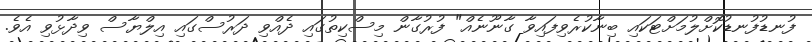
ފުނޑުފުނޑުކޮށްލުމަށްޓަކައި ބިނާކުރެވިފައިވާ ގާނޫނެއް" ފުރުގާން މިސްކިތުގައި ދެއްވި ދަރުސްގައި އިލްޔާސް ވިދާޅުވި އެވެ.